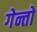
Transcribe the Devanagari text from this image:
गेन्तो